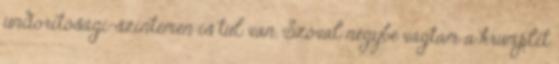
undorítósági-szintemen is túl van. Szóval négybe vágtam a krumplit